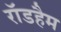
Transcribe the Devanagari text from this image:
रॉडहैम